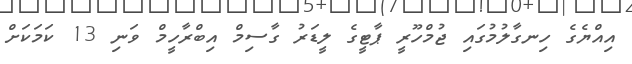
އިއްޔެގެ ހިނގާލުމުގައި ޖުމްހޫރީ ޕާޓީގެ ލީޑަރު ގާސިމް އިބްރާހީމް ވަނި 13 ކަމަކަށް